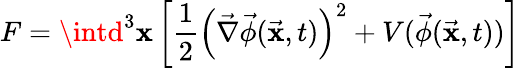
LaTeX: F=\intd^{3}\mathbf{x}\left[\frac{{1}}{{2}}\left(\vec{{\nabla}}\vec{{\phi}}(\vec{{\mathbf{x}}},t)\right)^{2}+V(\vec{{\phi}}(\vec{{\mathbf{x}}},t))\right]